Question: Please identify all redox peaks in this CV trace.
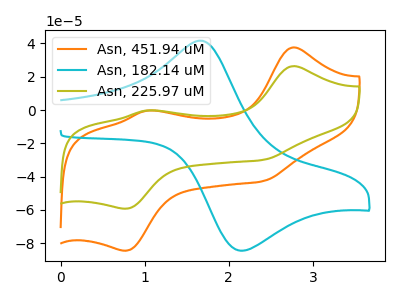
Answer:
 <answer>The orange curve "Asn, 451.94 uM" has anodic peaks at (2.75V, 37.60uA) (1.00V, -0.35uA) and cathodic peaks at (2.40V, -42.75uA) (0.75V, -84.60uA). The cyan curve "Asn, 182.14 uM" has an anodic peak at (1.70V, 41.65uA) and a cathodic peak at (2.15V, -84.60uA). The olive curve "Asn, 225.97 uM" has anodic peaks at (2.75V, 26.35uA) (1.00V, -0.25uA) and cathodic peaks at (2.40V, -30.00uA) (0.75V, -59.30uA).</answer>
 <eval></eval>